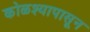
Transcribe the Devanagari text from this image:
कोळश्यापासून